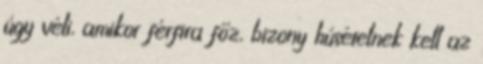
úgy véli, amikor férfira főz, bizony húsételnek kell az